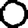
Digit: 0